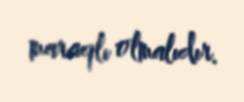
maraqlı olmalıdır.